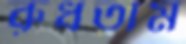
রুধতাম